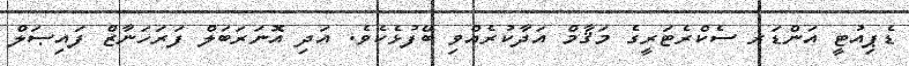
ޑެޕިއުޓީ އަންޑަރ ސެކްރެޓަރީގެ މަޤާމް އަދާކުރެއްވި ބޭފުޅެކެވެ. އަދި އޮނަރަބަލް ފަރަހަނާޒް ފައިޞަލް